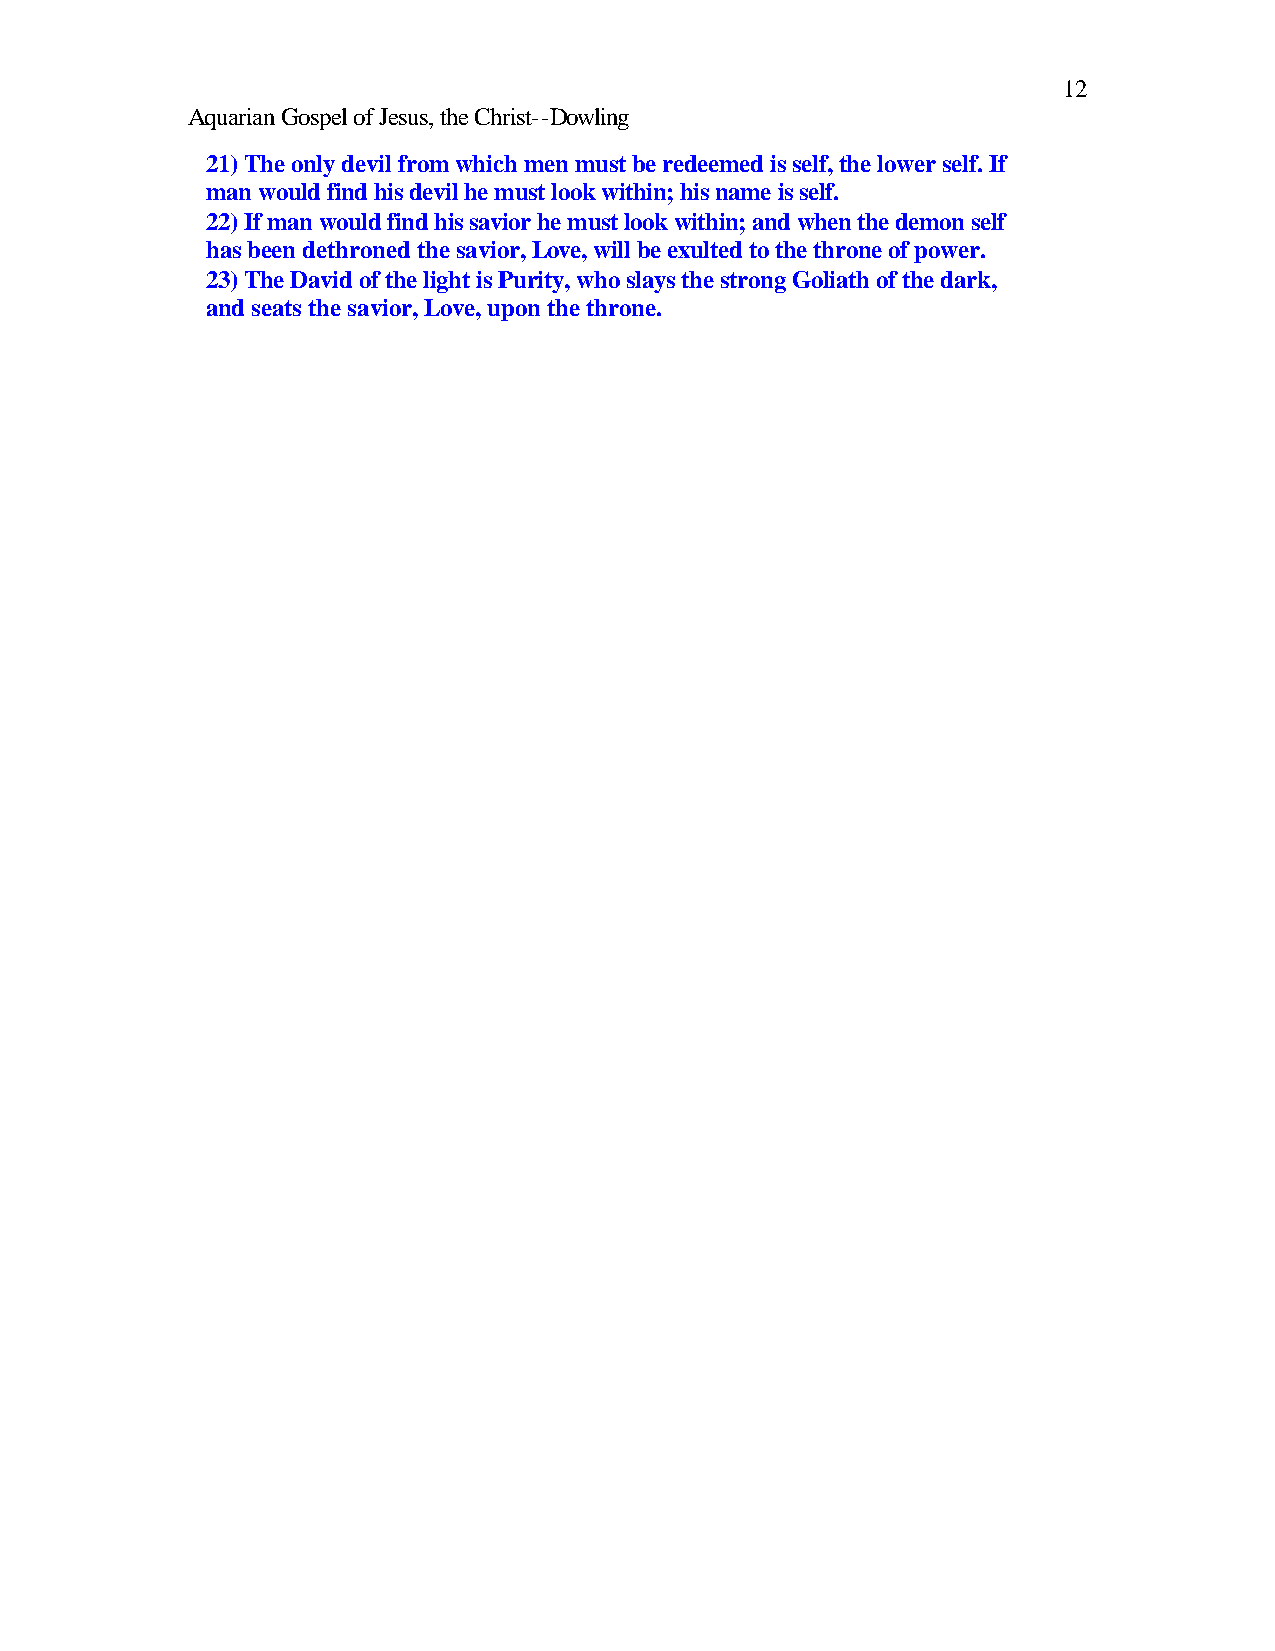
12
 Aquarian Gospel of Jesus, the Christ--Dowling
 21) The only devil from which men must be redeemed is self, the lower self. If
 man would find his devil he must look within; his name is self.
 22) If man would find his savior he must look within; and when the demon self
 has been dethroned the savior, Love, will be exulted to the throne of power.
 23) The David of the light is Purity, who slays the strong Goliath of the dark,
 and seats the savior, Love, upon the throne.